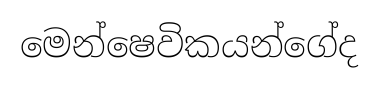
මෙන්ෂෙවිකයන්ගේද